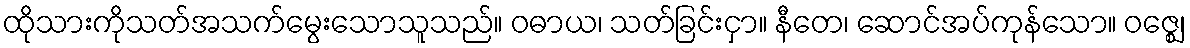
ထိုသားကိုသတ်အသက်မွေးသောသူသည်။ ဝဓာယ၊ သတ်ခြင်းငှာ။ နီတေ၊ ဆောင်အပ်ကုန်သော။ ဝဇ္ဈေ၊